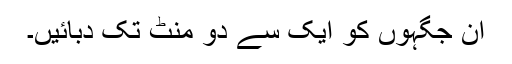
ان جگہوں کو ایک سے دو منٹ تک دبائیں۔